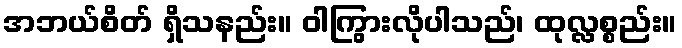
အဘယ်စိတ် ရှိသနည်း။ ဝါကြွားလိုပါသည်၊ ထုလ္လစ္စည်း။